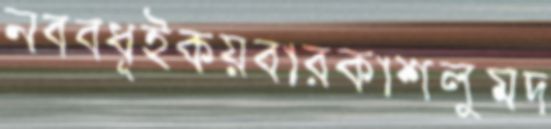
নববধূইকয়বারকাশলুমদ